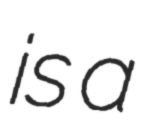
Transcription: is a